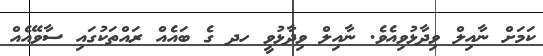
ކަމަށް ނާއިލް ވިދާޅުވިއެވެ. ނާއިލް ވިދާޅުވީ ހދ ގެ ބައެއް ރައްތަކުގައި ސާވޭއެއް